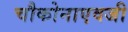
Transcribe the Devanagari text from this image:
चौकोनाएवजी